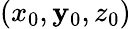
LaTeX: \left(x_{0},\mathbf{y}_{0},z_{0}\right)